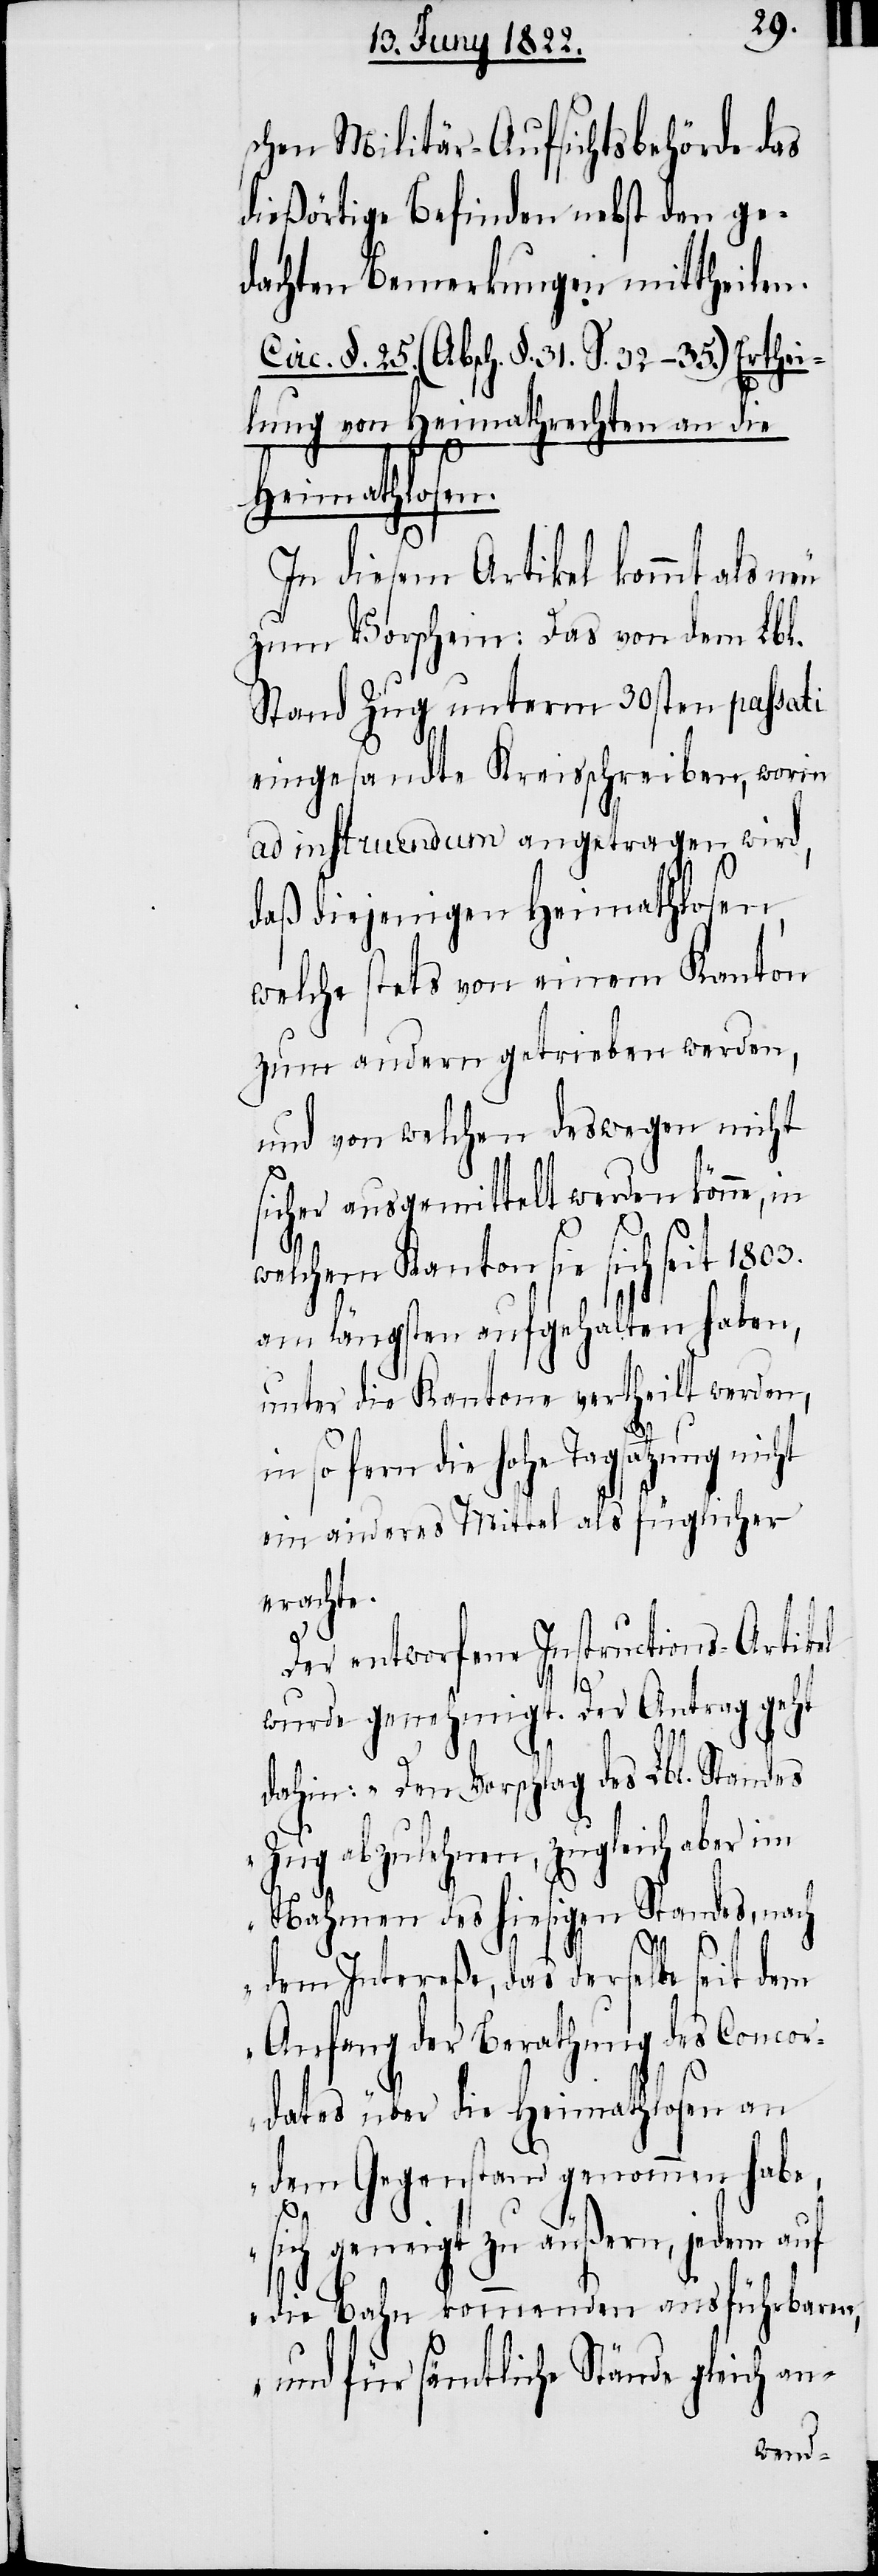
schen Militär-Aufsichtsbehörde das
dießörtige Befinden nebst den ge¬
dachten Bemerkungen mittheilen.
Circ. §. 25. (Absch. §. 31. §. 32–35.) Erthei¬
von Heimathrechten an die
Heimathlosen
In diesem Artikel kommt als neu
zum Vorschein: Das von dem Lbl.
Stand Zug unterm 30sten passati
eingesandte Kreisschreiben, worin
ad instruendum angetragen wird,
daß diejenigen Heimathlosen,
welche stets von einem Kanton
zum andern getrieben werden,
und von welchen deswegen nicht
sicher ausgemittelt werden könne, in
welchem Kanton sie sich seit 1803.
am längsten aufgehalten haben,
unter die Kantone vertheilt werden,
so fern die Hohe Tagsatzung
ein anderes Mittel als füglicher
erachte.
Der entworfene Instructions-Artikel
wurde genehmiget. Der Antrag geht
dahin: „Den Vorschlag des Lbl. Standes
Zug abzulehnen, zugleich aber im
Nahmen des hiesigen Standes, nach
lung
dem Intereße, das derselbe seit dem
Anfang der Berathung des Concor¬
dates über die Heimathlosen an
dem Gegenstand genommen habe,
sich geneigt zu äußern, jedem auf
die Bahn kommenden ausführbaren,
und für sämmtliche Stände gleich an-